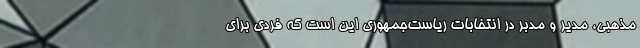
مذهبی، مدیر و مدبر در انتخابات ریاست‌جمهوری این است که فردی برای